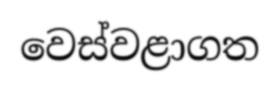
වෙස්වළාගත